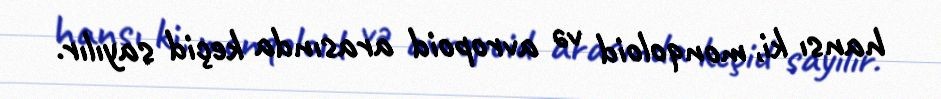
hansı ki, monqoloid və avropoid arasında keçid sayılır.